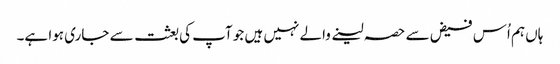
ہاں ہم اُس فیض سے حصہ لینے والے نہیں ہیں جو آپ کی بعثت سے جاری ہوا ہے۔